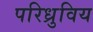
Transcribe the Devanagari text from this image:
परिध्रुविय